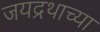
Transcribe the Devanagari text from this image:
जयद्रथाच्या